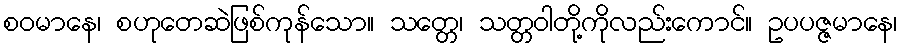
စဝမာနေ၊ စဟုတေဆဲဖြစ်ကုန်သော။ သတ္တေ၊ သတ္တဝါတို့ကိုလည်းကောင်။ ဥပပဇ္ဇမာနေ၊